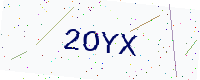
Text: 2OYX